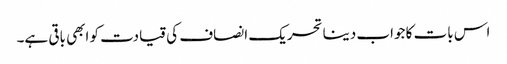
اس بات کا جواب دینا تحریک انصاف کی قیادت کو ابھی باقی ہے۔